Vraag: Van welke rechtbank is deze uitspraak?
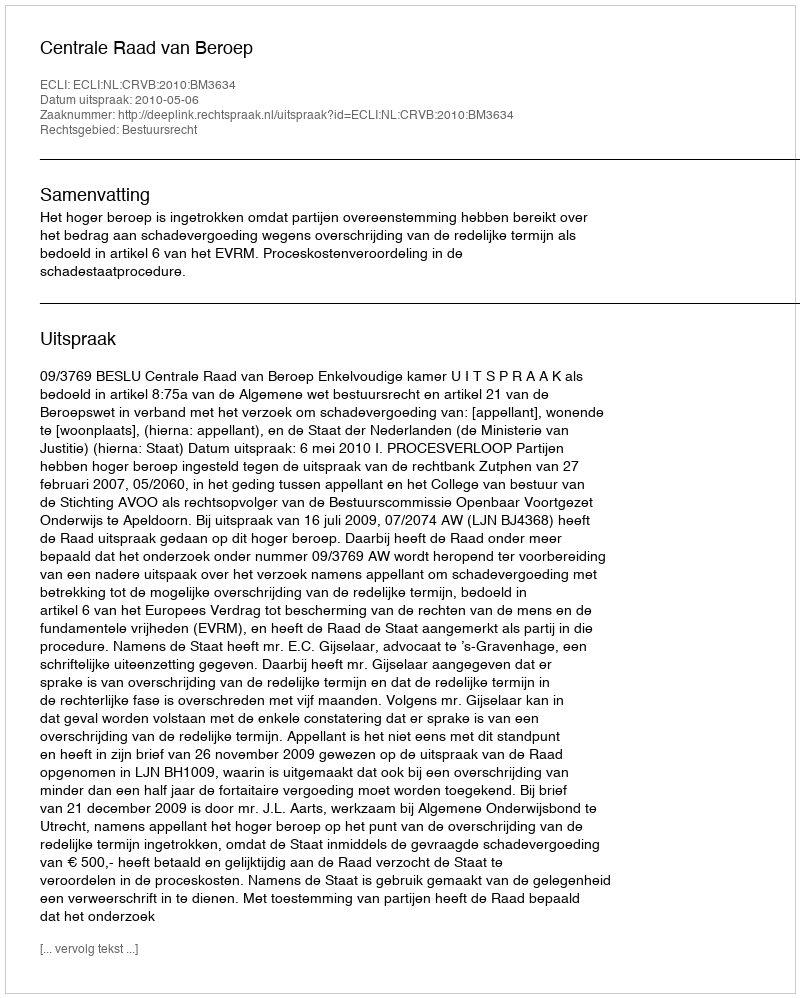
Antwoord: Centrale Raad van Beroep